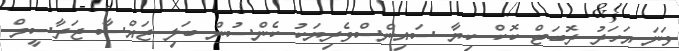
ވަނަ އަހަރު ރޮބަޓް ކޮކް ކިޔާ ސައިންސްވެރިޔަކު ކެންސުން ބަލި ޖައްސާ ޖަރާސީމް